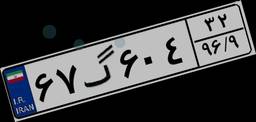
۶۷گ۶۰۴۳۲